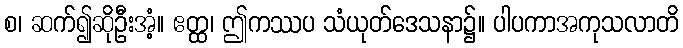
စ၊ ဆက်၍ဆိုဦးအံ့။ ဧတ္ထ၊ ဤကဿပ သံယုတ်ဒေသနာ၌။ ပါပကာအကုသလာတိ